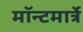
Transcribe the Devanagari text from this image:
मॉन्टमार्त्रे